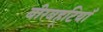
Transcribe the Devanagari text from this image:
बीरबहूटियाँ